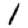
Digit: 1